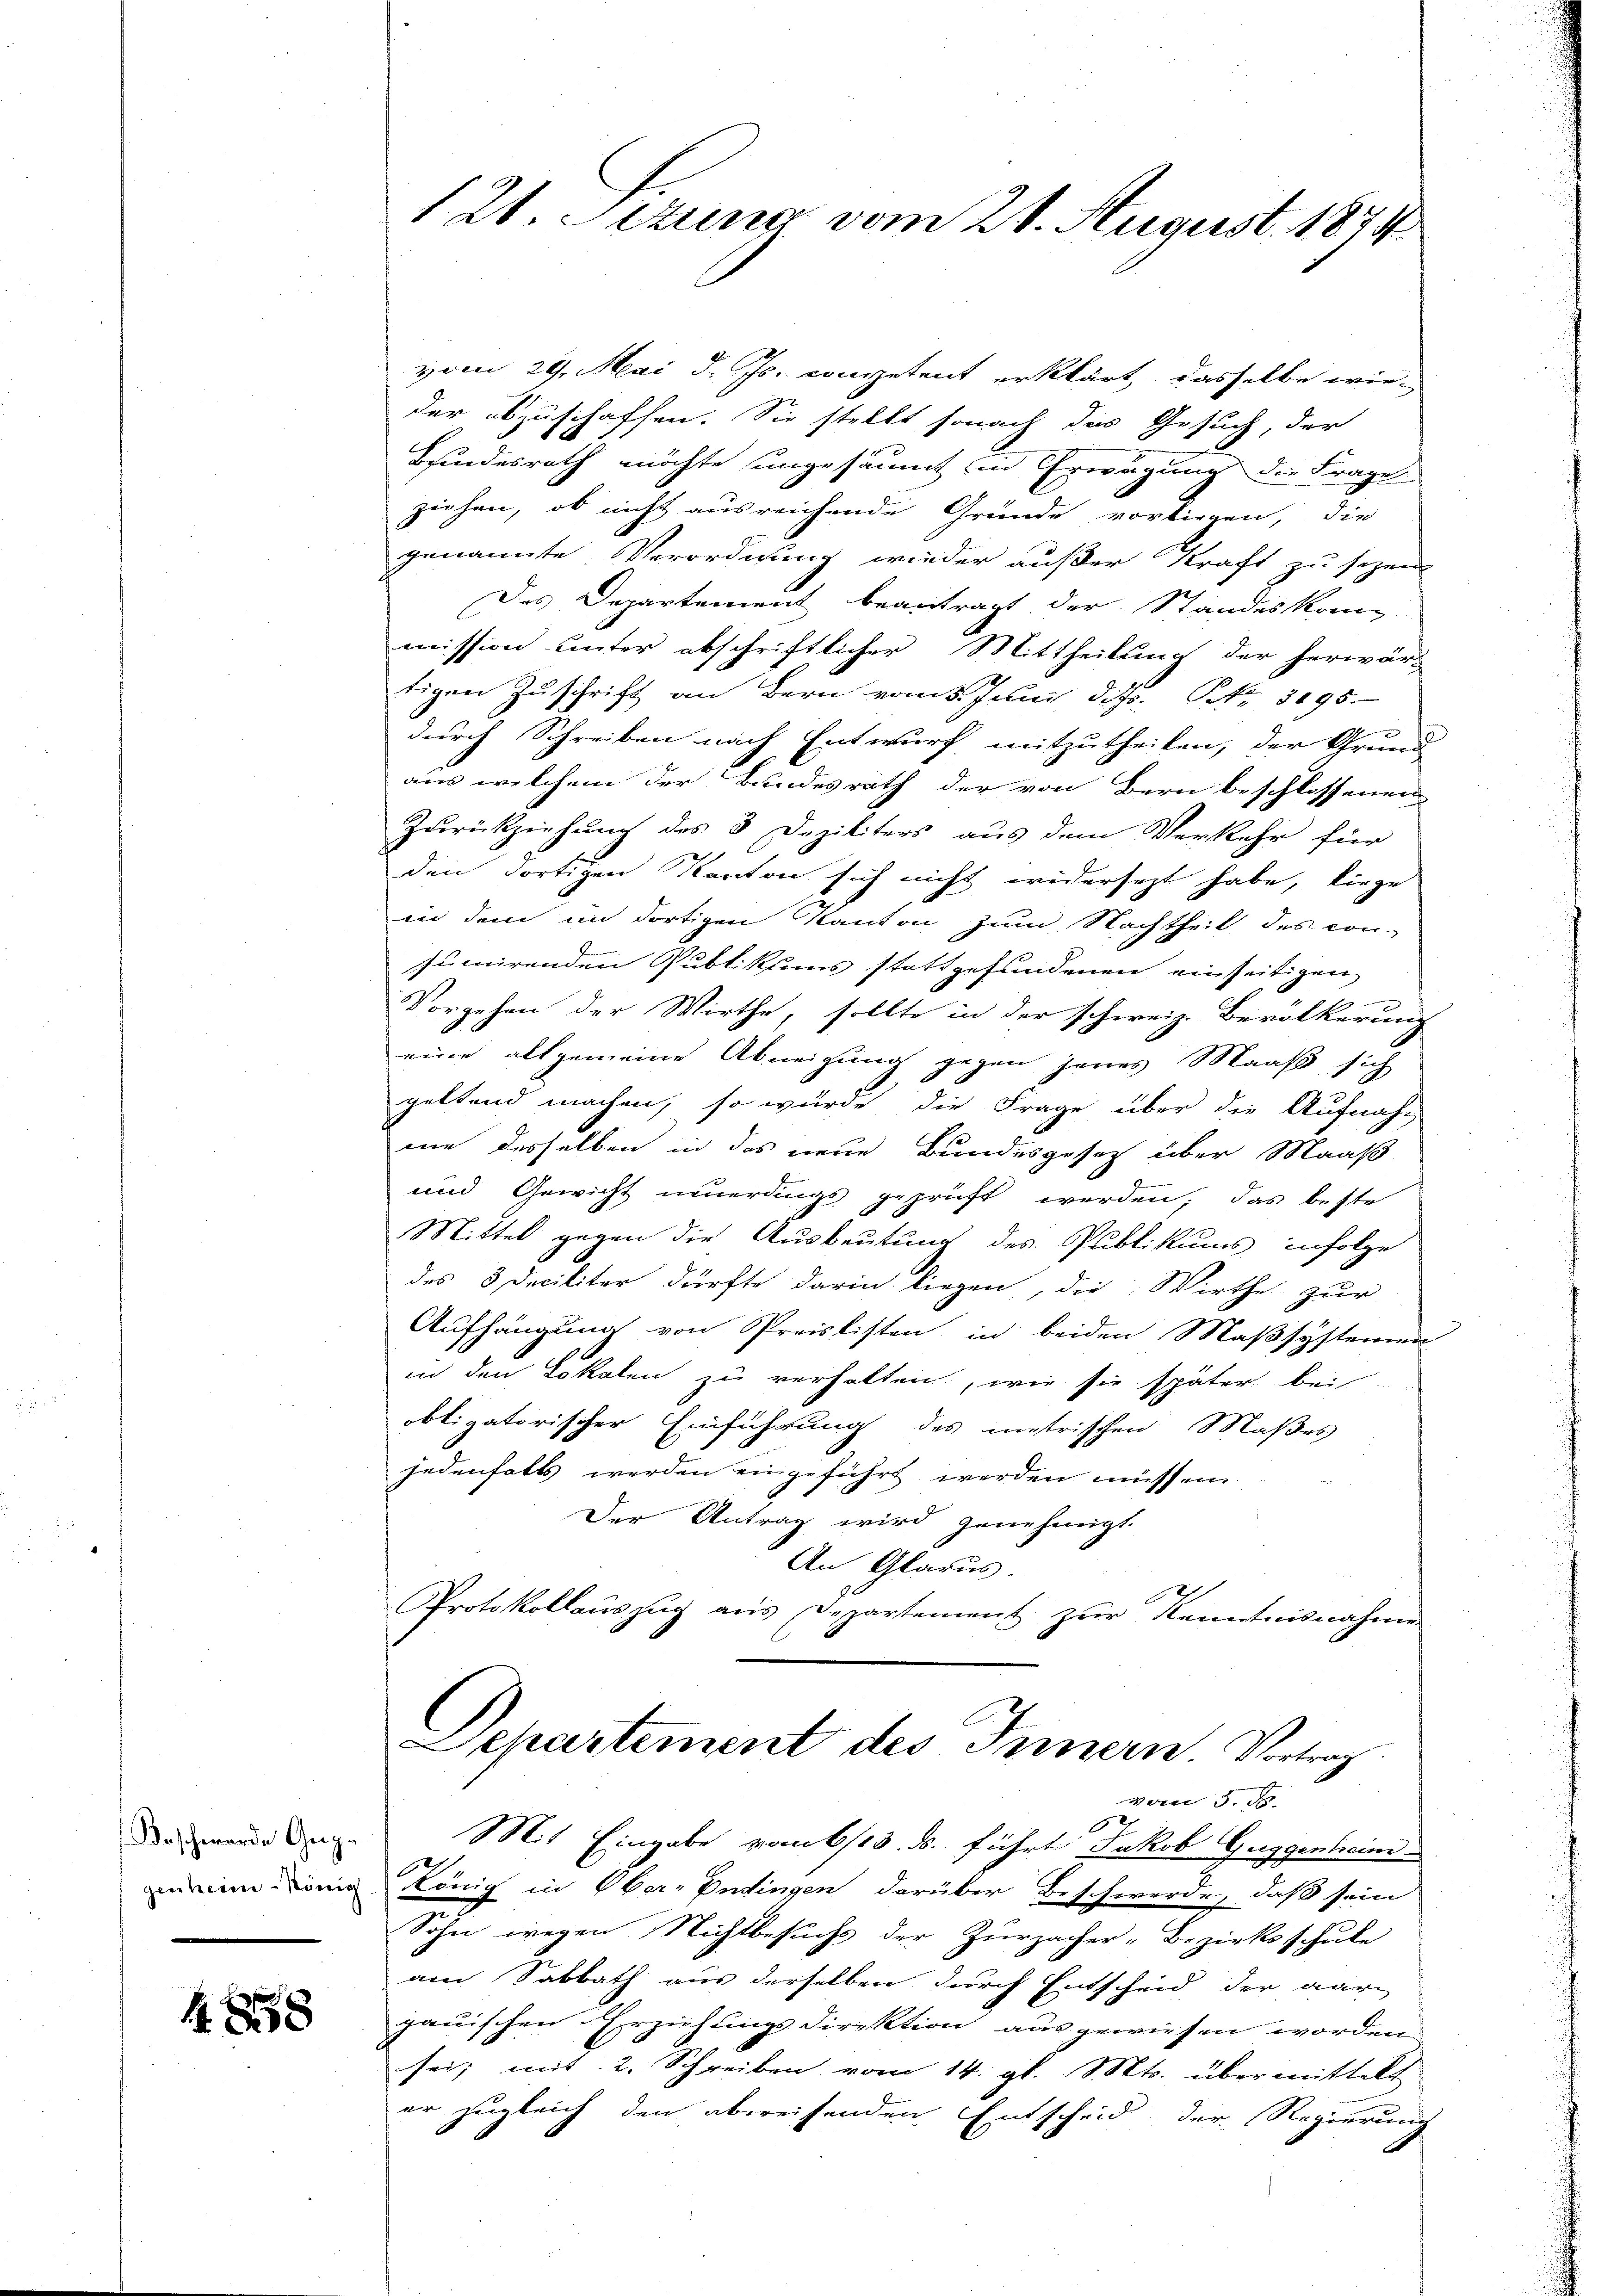
Beschwerde Gege
genheim König

488

vom 29. Mai d. Js. competent erklärt, dasselbe wie-
der abzuschaffen. Sie stellt sonach das Gesuch, der
.
Bundesrath möchte ungesäumt in Erwägung die Frage
ziehen, ob nicht ausreichende Gründe vorliegen, die
genannte Verordnung wieder außer Kraft zu sezen
Das Departement beantragt der Standeskom-
mission unter abschriftlicher Mittheilung der herwär-
tigen Zuschrift an Bern vom 5. Juni d. Js. Nr. 3095.
durch Schreiben nach Entwurf mitzutheilen, der Grund-
aus welchem der Bundesrath der von Bern beschlossenen
Zurückziehung des 3 Deziliters aus dem Verkehr für
den dortigen Kanton sich nicht widersezt habe, liege
in dem im dortigen Kanton zum Nachtheil des con-
sumirenden Publikums stattgefundenen einseitigen
Vorgehen der Wirthe, sollte in der schweiz. Bevölkerung
eine allgemeine Abneigung gegen jenes Maaß sich
geltend machen, so würde die Frage über die Aufnah-
mie desselben in das neue Bundesgesetz über Maaß
und Gewicht neuerdings geprüft werden; das beste
Mittel gegen die Ausbeutung des Publikums infolge
des 3 Deciliter dürfte darin liegen, die Wirthe zur
Aufhängung von Preislisten in beiden Maßsystemen
in den Lokalen zu verhalten, wie sie später bei
obligatorischer Einführung des metrischen Maßes
jedenfalls werden eingeführt werden müssen.
Der Antrag wird genehmigt.
An Glarus.
Protokollaŭszŭg aŭs Departement zur Kenntnisnahme
Departement des Innern Vortrag

12t. Sitzung vom 21. August. 1874

vom 5. d.
Mit Eingabe vom 6/13. ds. führte Jakob Guggenheim
König in Ober-Endingen darüber Beschwerde, daß sein
e

Sohn wegen Nichtbesuchs der Zurzacher-Bezirksschule
am Sabbath aus derselben durch Entscheid der aar
gauischen Erziehungsdirektion aus gewiesen worden.
sei; mit 2. Schreiben vom 14. gl. Mts. übermittelt
er zugleich den abweisenden Entscheid der Regierung